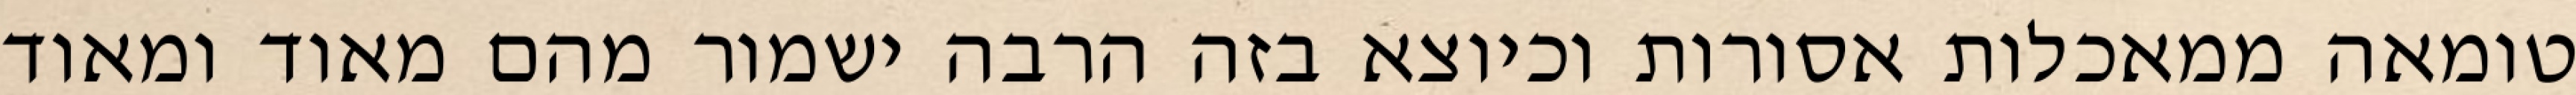
טומאה ממאכלות אסורות וכיוצא בזה הרבה ישמור מהם מאוד ומאוד